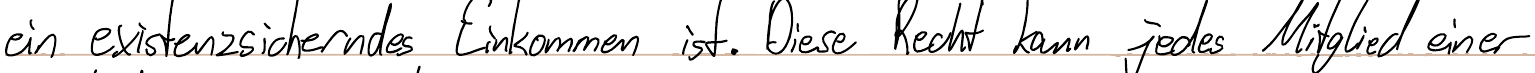
ein existenzsicherndes Einkommen ist. Diese Recht kann jedes Mitglied einer